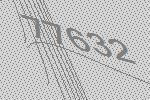
77632